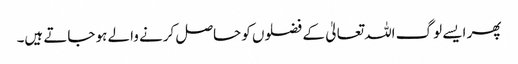
پھر ایسے لوگ اللہ تعالیٰ کے فضلوں کو حاصل کرنے والے ہو جاتے ہیں۔